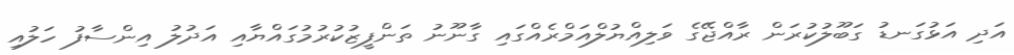
އަދި އަޅުގަނޑު ގަބޫލުކުރަން ރާއްޖޭގެ ވަލިއްޔުލްއަމްރެއްގައި ގާނޫނު ތަންފީޒުކުރުމުގައްޔާއި އަދުލު އިންސާފު ހަލުއި